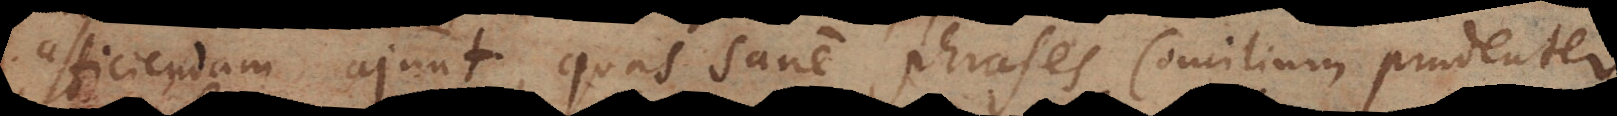
afficiendam ajunt, quas sane phrases Concilium sa